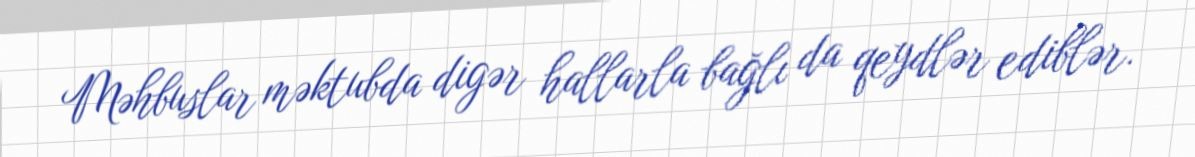
Məhbuslar məktubda digər hallarla bağlı da qeydlər ediblər.